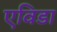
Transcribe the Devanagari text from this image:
एविडा